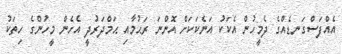
އެއްފަސްގަނޑެއްގެ ދެމީހުން އެކަކު އަނެކަކަށް އޮންނަ ރަޙުމާއި ޙަމްދަރުދީ އެހެން މީހުންގެ ހިތަކު